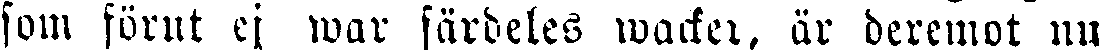
som förut ej war särdeles wacker, är deremot nu